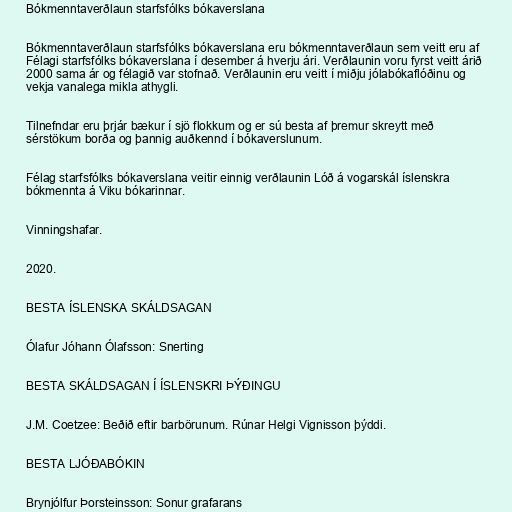
Bókmenntaverðlaun starfsfólks bókaverslana

Bókmenntaverðlaun starfsfólks bókaverslana eru bókmenntaverðlaun sem veitt eru af
Félagi starfsfólks bókaverslana í desember á hverju ári. Verðlaunin voru fyrst veitt árið
2000 sama ár og félagið var stofnað. Verðlaunin eru veitt í miðju jólabókaflóðinu og
vekja vanalega mikla athygli.

Tilnefndar eru þrjár bækur í sjö flokkum og er sú besta af þremur skreytt með
sérstökum borða og þannig auðkennd í bókaverslunum.

Félag starfsfólks bókaverslana veitir einnig verðlaunin Lóð á vogarskál íslenskra
bókmennta á Viku bókarinnar.

Vinningshafar.

2020.

BESTA ÍSLENSKA SKÁLDSAGAN

Ólafur Jóhann Ólafsson: Snerting

BESTA SKÁLDSAGAN Í ÍSLENSKRI ÞÝÐINGU

J.M. Coetzee: Beðið eftir barbörunum. Rúnar Helgi Vignisson þýddi.

BESTA LJÓÐABÓKIN

Brynjólfur Þorsteinsson: Sonur grafarans